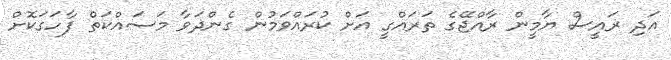
އަދި ރައީސް ޔާމީން ރާއްޖޭގެ ތަރައްގީ އަށް ކުރައްވަމުން ގެންދަވާ މަސައްކަތް ފާހަގަކޮށް